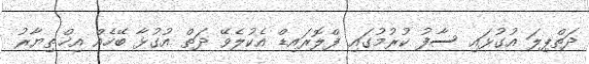
ދަތްޕިލަ އުގުޅައި ސާފު ކުރުމުގައި ފްލޮރައިޑް އެކުލެވޭ ދަތް އުގުޅާ ބޭހެއް އިޚްތިޔާރު